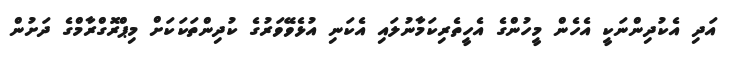
އަދި އެކުދިންނަކީ އެހެން މީހުންގެ އެހީތެރިކަމާނުލައި އެކަނި އުޅެވޭވަރުގެ ކުދިންތަކަކަށް މިޕްރޮގްރާމްގެ ދަށުން